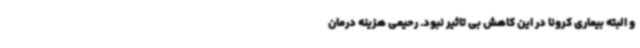
و البته بیماری کرونا در این کاهش بی تاثیر نبود. رحیمی هزینه درمان